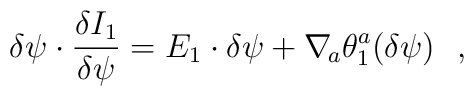
\delta\psi\cdot{\delta I_1\over\delta\psi}=E_1\cdot\delta \psi + \nabla_{\! a}\theta_1^a(\delta \psi)\ \ ,